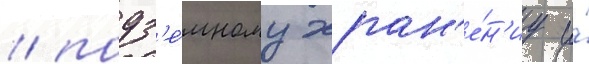
/ подз'е́мному хран'е́н'иу и́